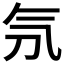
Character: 𣱕